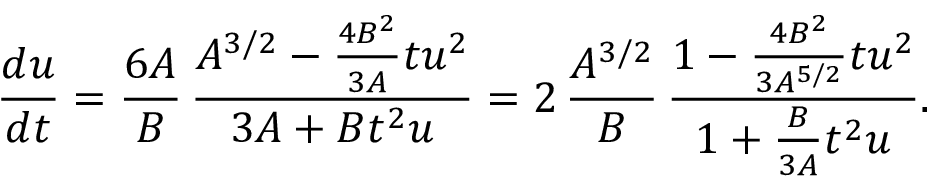
\frac { d u } { d t } = \frac { 6 A } { B } \, \frac { A ^ { 3 / 2 } - \frac { 4 B ^ { 2 } } { 3 A } t u ^ { 2 } } { 3 A + B t ^ { 2 } u } = 2 \, \frac { A ^ { 3 / 2 } } { B } \, \frac { 1 - \frac { 4 B ^ { 2 } } { 3 A ^ { 5 / 2 } } t u ^ { 2 } } { 1 + \frac { B } { 3 A } t ^ { 2 } u } .